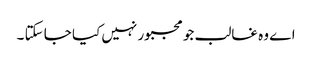
اے وہ غالب جو مجبور نہیں کیا جا سکتا ۔